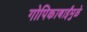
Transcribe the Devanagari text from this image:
गोपिकाबाईंमुळे